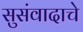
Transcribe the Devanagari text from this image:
सुसंवादाचे